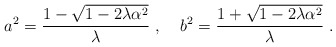
\begin{align*}a^2 = \frac{1 - \sqrt{1 - 2 \lambda \alpha^2}}{\lambda} \; , \; \; \; \; b^2 = \frac{1 + \sqrt{1 - 2 \lambda \alpha^2}}{\lambda} \; .\end{align*}